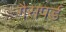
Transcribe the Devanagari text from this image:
गैसपर्ड